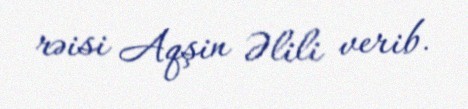
rəisi Aqşin Əlili verib.